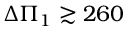
\Delta \Pi _ { 1 } \gtrsim 2 6 0